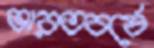
ভারতবর্ষে